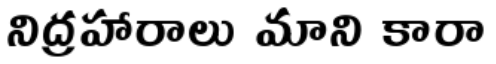
నిద్రహారాలు మాని కారా